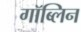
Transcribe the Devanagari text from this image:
गॉब्लिन